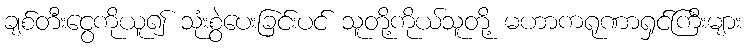
ချစ်တီးငွေကိုယူ၍ သုံးစွဲပေးခြင်းပင် သူတို့ကိုယ်သူတို့ မဟာကရုဏာရှင်ကြီးများ